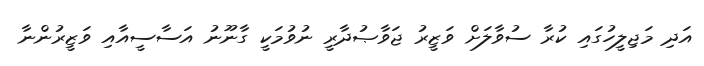
އަދި މަޖިލީހުގައި ކުރާ ސުވާލަށް ވަޒީރު ޖަވާޞުދާރީ ނުވުމަކީ ގާނޫނު އަސާސީއާއި ވަޒީރުންނާ